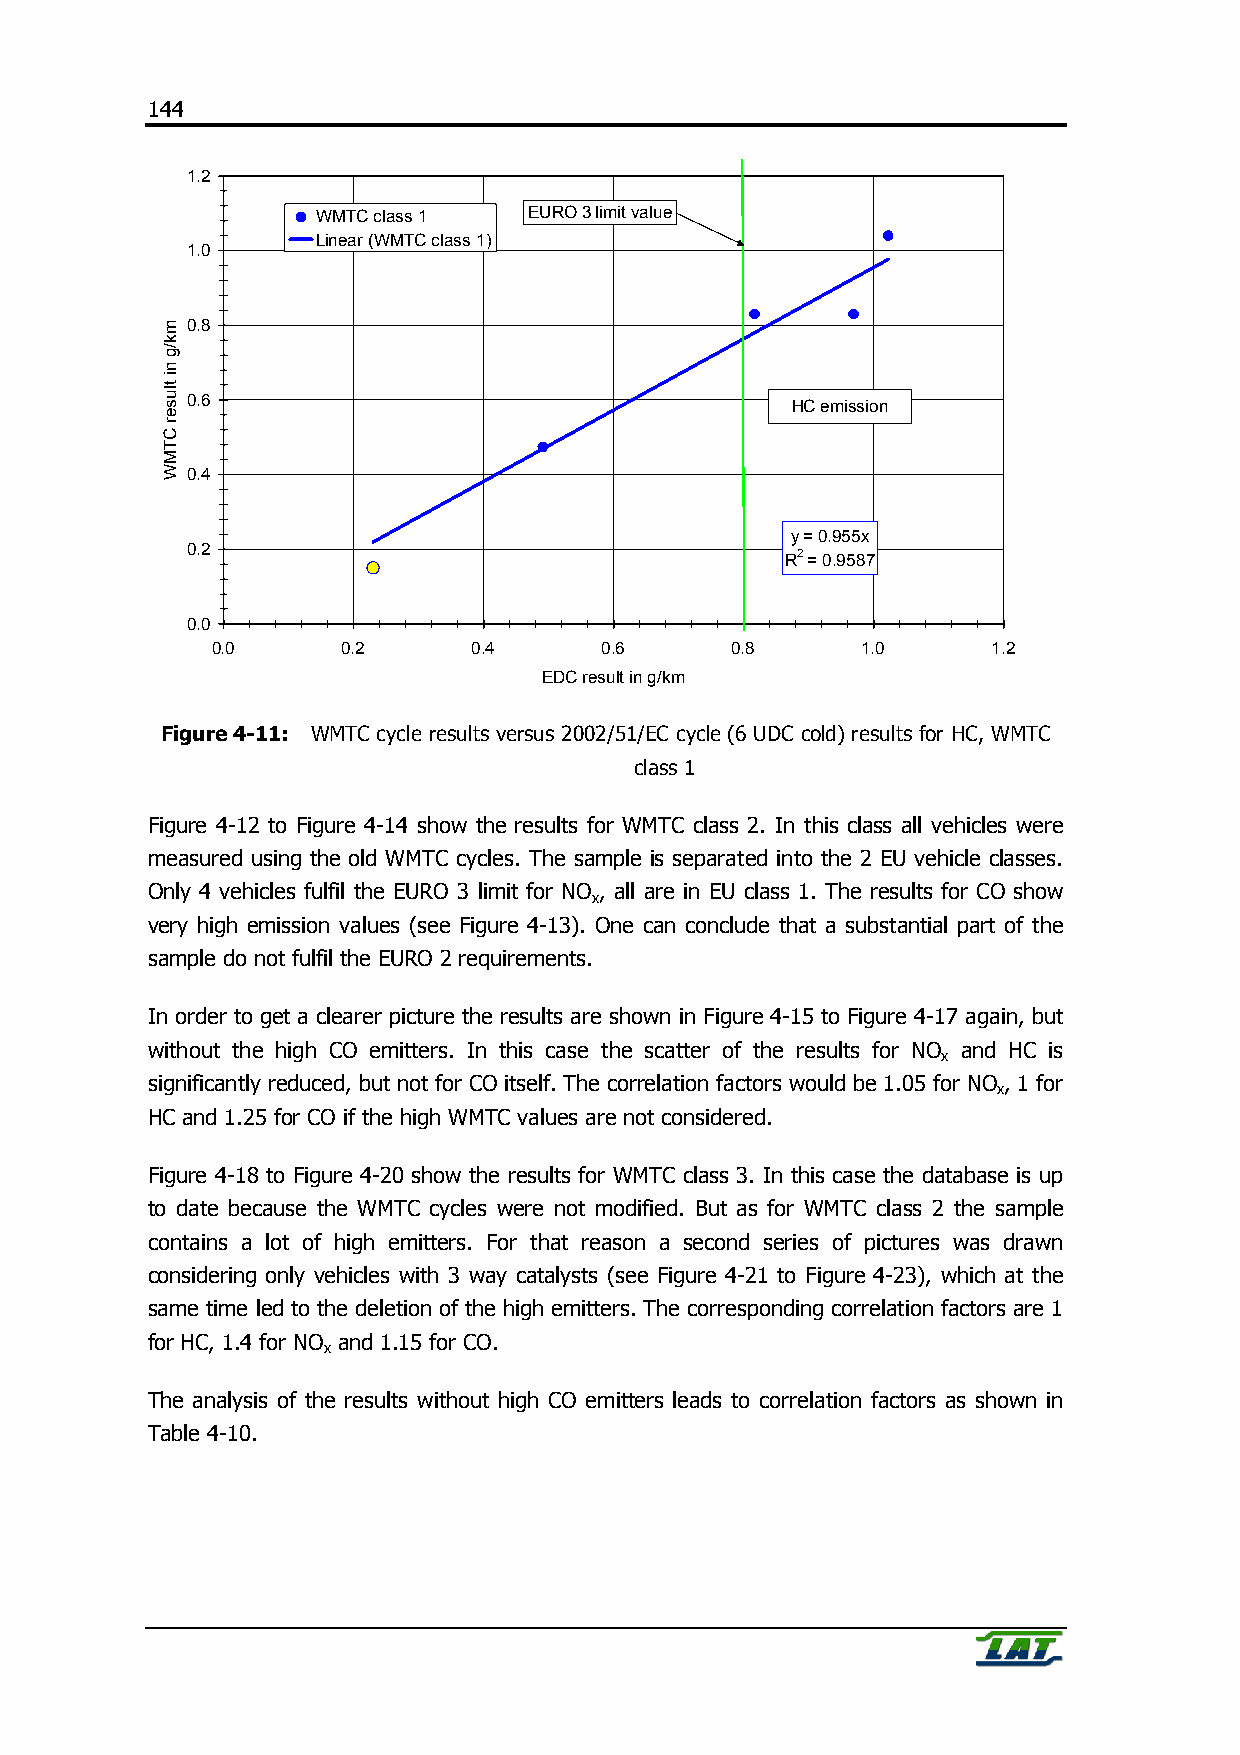
144
 1.2
 WMTC class 1  EURO 3 limit value
 Linear (WMTC class 1)
 1.0
 0.8
 0.6
 HC emission
 0.4
 y = 0.955x
 0.2
 R2 = 0.9587
 0.0
 0.0      0.2     0.4      0.6     0.8      1.0      1.2
 EDC result in g/km
 Figure 4-11: WMTC cycle results versus 2002/51/EC cycle (6 UDC cold) results for HC, WMTC
 class 1
 Figure 4-12 to Figure 4-14 show the results for WMTC class 2. In this class all vehicles were
 measured using the old WMTC cycles. The sample is separated into the 2 EU vehicle classes.
 Only 4 vehicles fulfil the EURO 3 limit for NO , all are in EU class 1. The results for CO show
 x
 very high emission values (see Figure 4-13). One can conclude that a substantial part of the
 sample do not fulfil the EURO 2 requirements.
 In order to get a clearer picture the results are shown in Figure 4-15 to Figure 4-17 again, but
 without the high CO emitters. In this case the scatter of the results for NO and HC is
 x
 significantly reduced, but not for CO itself. The correlation factors would be 1.05 for NO , 1 for
 x
 HC and 1.25 for CO if the high WMTC values are not considered.
 Figure 4-18 to Figure 4-20 show the results for WMTC class 3. In this case the database is up
 to date because the WMTC cycles were not modified. But as for WMTC class 2 the sample
 contains a lot of high emitters. For that reason a second series of pictures was drawn
 considering only vehicles with 3 way catalysts (see Figure 4-21 to Figure 4-23), which at the
 same time led to the deletion of the high emitters. The corresponding correlation factors are 1
 for HC, 1.4 for NO and 1.15 for CO.
 x
 The analysis of the results without high CO emitters leads to correlation factors as shown in
 Table 4-10.
 mk/g
 ni
 tluser
 CTMW